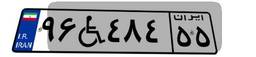
۹۶W۴۸۴۵۵